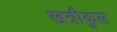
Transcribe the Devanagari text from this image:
खत्रीकुल